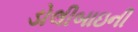
ડોલીબાઇની